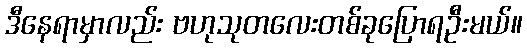
ဒီနေရာမှာလည်း ဗဟုသုတလေးတစ်ခုပြောရဦးမယ်။